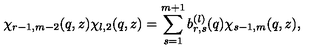
\chi _ { r - 1 , m - 2 } ( q , z ) \chi _ { l , 2 } ( q , z ) = \sum _ { s = 1 } ^ { m + 1 } b _ { r , s } ^ { ( l ) } ( q ) \chi _ { s - 1 , m } ( q , z ) ,